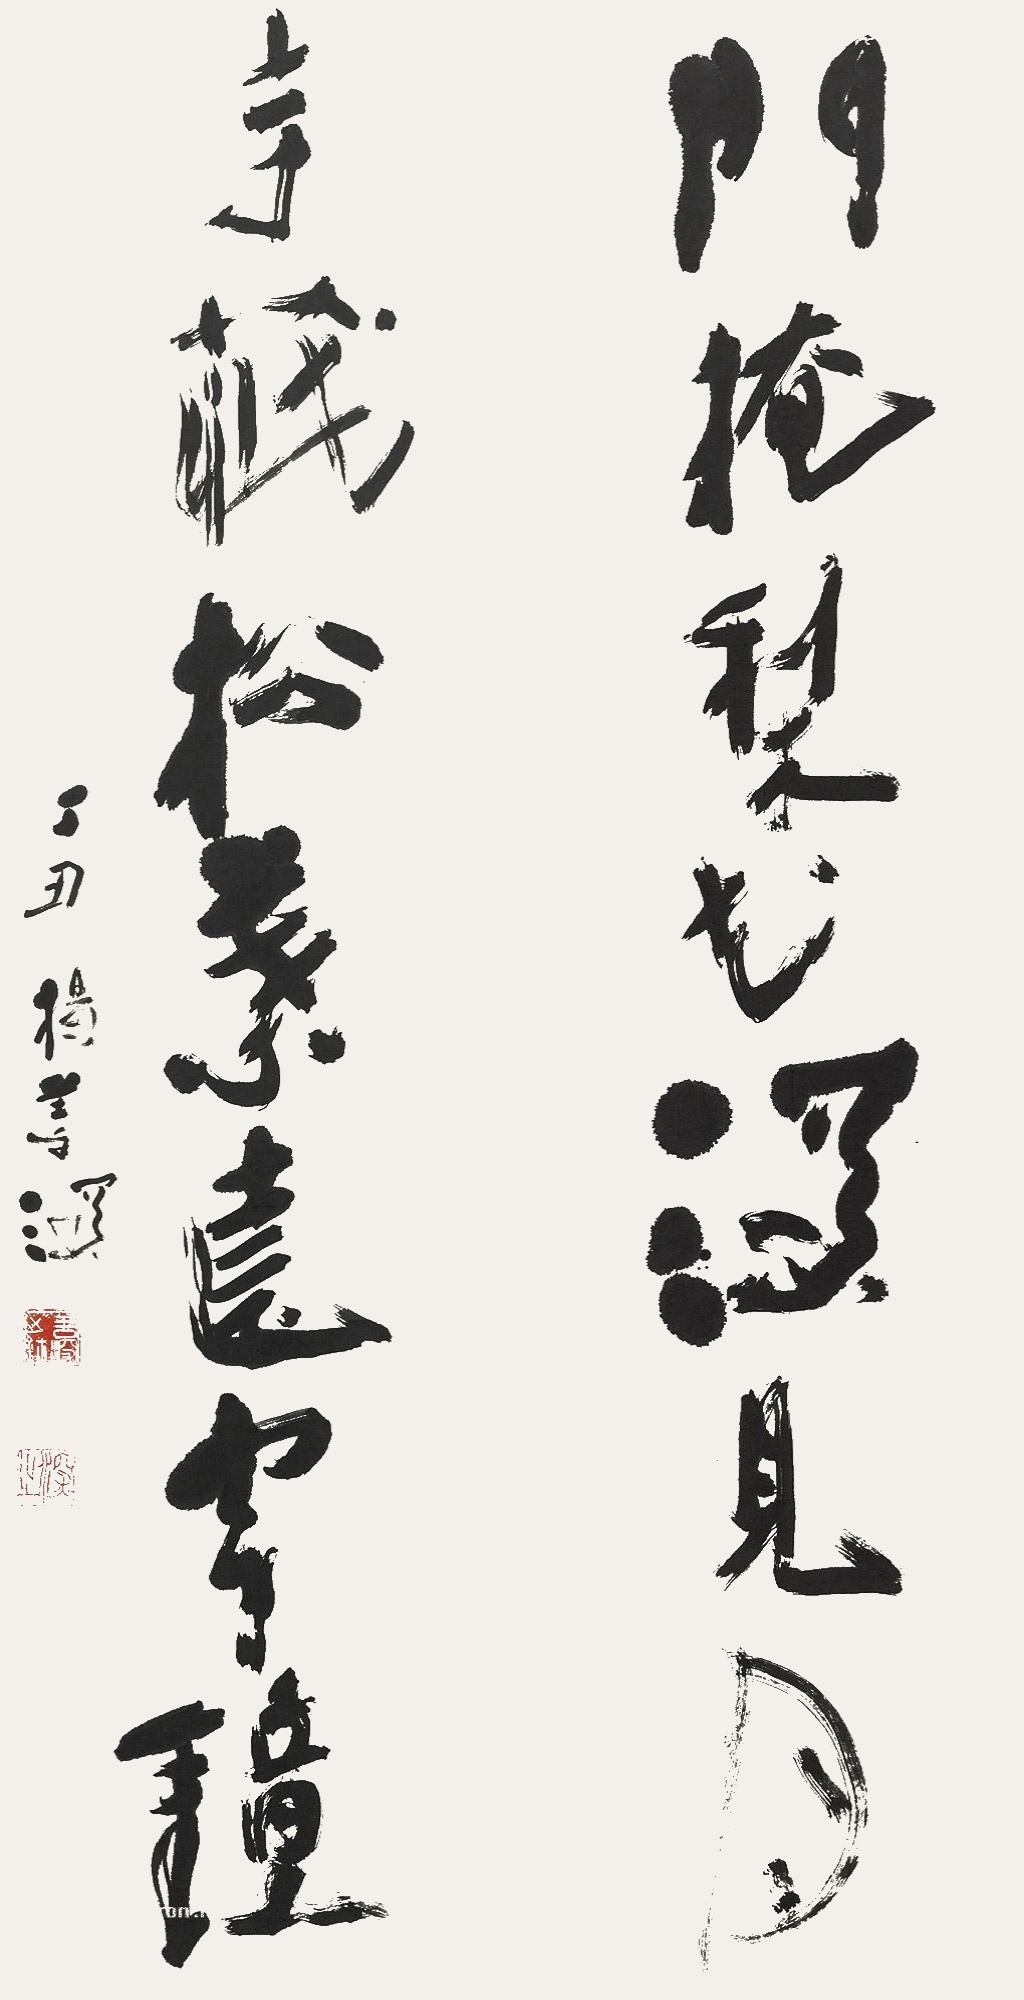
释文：门掩梨花深见月，寺藏松叶远闻钟。丁丑，杨善深。